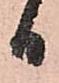
日